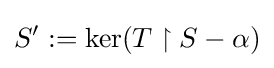
S':=\ker(T\upharpoonright S-\alpha )